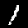
Label: 1